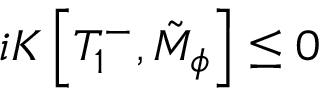
i K \left[ T _ { 1 } ^ { - } , \tilde { M } _ { \phi } \right] \leq 0